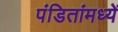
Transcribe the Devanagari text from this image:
पंडितांमध्यें